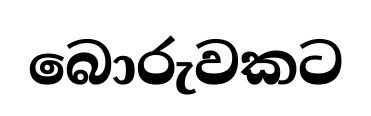
බොරුවකට